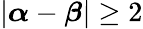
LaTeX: |{\boldsymbol{\alpha}}-{\boldsymbol{\beta}}|\geq 2